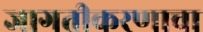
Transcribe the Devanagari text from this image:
जागतीकरणाचा